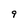
Character: 9